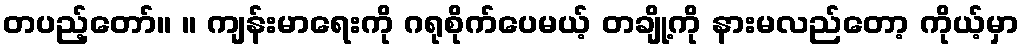
တပည့်တော်။ ။ ကျန်းမာရေးကို ဂရုစိုက်ပေမယ့် တချို့ကို နားမလည်တော့ ကိုယ့်မှာ